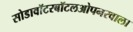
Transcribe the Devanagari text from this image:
सोडावॉटरबॉटलओपनरवाला